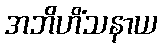
အဘိဟိံသနာယ